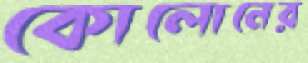
কোলোনের